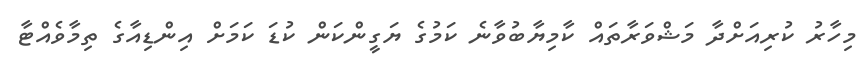
މިހާރު ކުރިއަށްދާ މަޝްވަރާތައް ކާމިޔާބުވާނެ ކަމުގެ ޔަގީންކަން ކުޑަ ކަމަށް އިންޑިއާގެ ތިމާވެއްޓާ